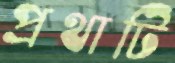
প্রথাটি